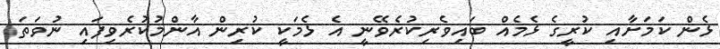
ޅެން ކަމަށާއި ކުރީގެ ޅެމެއް ބައިވެރިކުރެވޭނީ އެ ޅެމަކީ ކުރިން އާންމުކުރެވިފައި ނުވަތަ